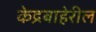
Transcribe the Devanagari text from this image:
केद्रबाहेरील